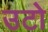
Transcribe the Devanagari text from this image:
उटो